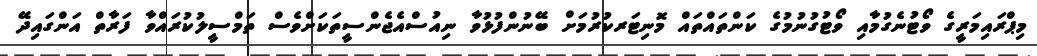
މިޕްރައިމަރީގެ ވޯޓުނެގުމާއި ވޯޓުގުނުމުގެ ކަންތައްތައް މޮނިޓަރކުރުމަށް ބޭނުންފުޅުވާ ނިއުސްއެޖެންސީތަކަށްވެސް ތަމްސީލުކުރައްވާ ފަރާތް އަންގައިދޭ